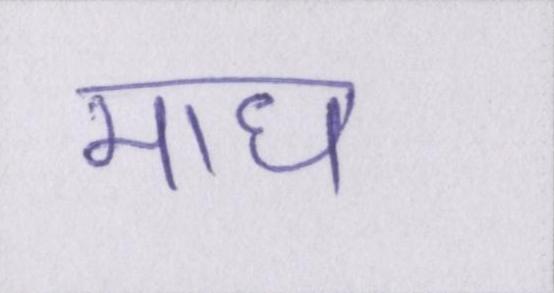
माघ